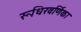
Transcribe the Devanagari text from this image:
रूधिरवर्णिका